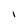
Character: I